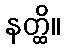
နတ္ထိ။